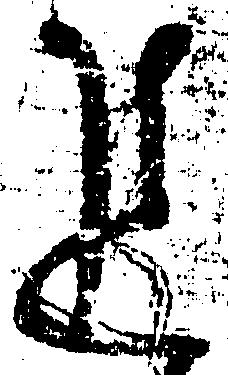
追